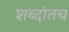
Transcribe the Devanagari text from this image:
शब्दांतच